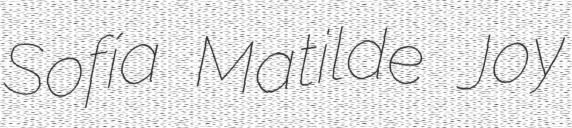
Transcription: Sofía Matilde Joy